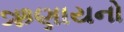
ઋણાયનો